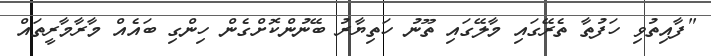
"ފާއިތުވި ހަފުތާ ތެރޭގައި މާލޭގައި ތޫނު ހަތިޔާރު ބޭނުންކޮށްގެން ހިންގި ބައެއް މާރާމާރީތައް